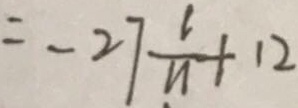
= - 2 7 \frac { 1 } { 1 1 } + 1 2